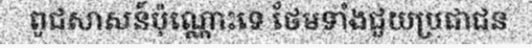
ពូជសាសន៍ប៉ុណ្ណោះទេ ថែមទាំងជួយប្រជាជន